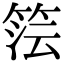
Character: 𮅔